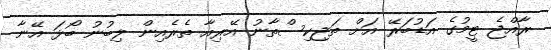
ރާއްޖެ ޓީމުގެ އަޑުބަރޭ އަށް ތަޖިކިސްތާނު އޭރިއާ ތެރެެއިން ލިބުނު ބޯޅަ އޭނާ